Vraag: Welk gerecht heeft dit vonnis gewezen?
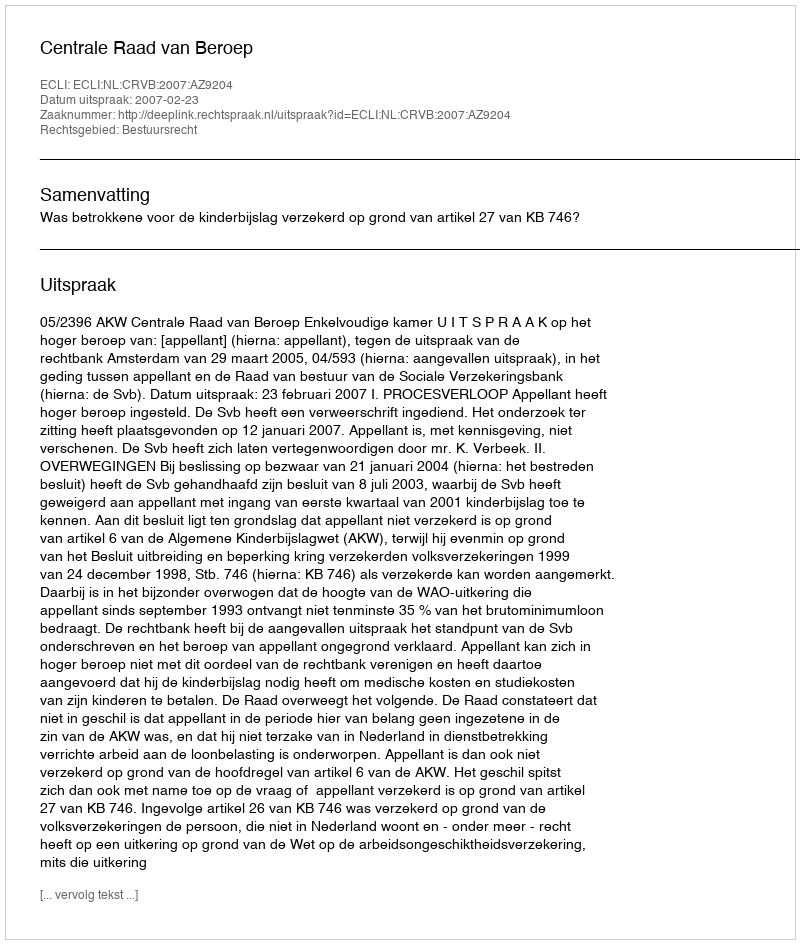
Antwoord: Centrale Raad van Beroep